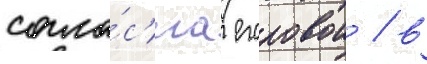
согла́с'иа егоровои / в